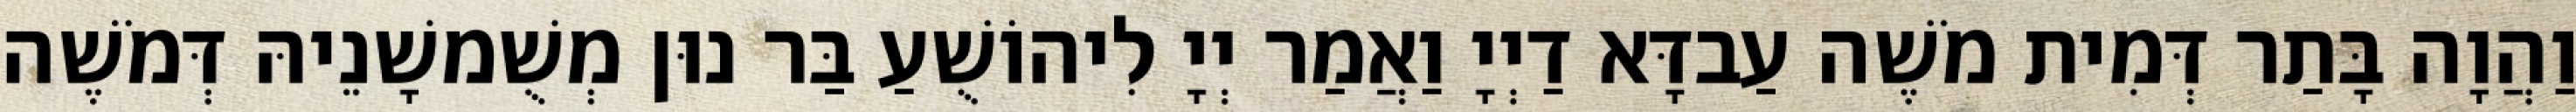
וַהֲוָה בָּתַר דְּמִית מֹשֶׁה עַבדָּא דַיְיָ וַאֲמַר יְיָ לִיהוֹשֻׁעַ בַּר נוּן מְשֻׁמשָׁנֵיהּ דְּמֹשֶׁה